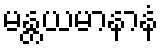
မန္တယမာနာနံ